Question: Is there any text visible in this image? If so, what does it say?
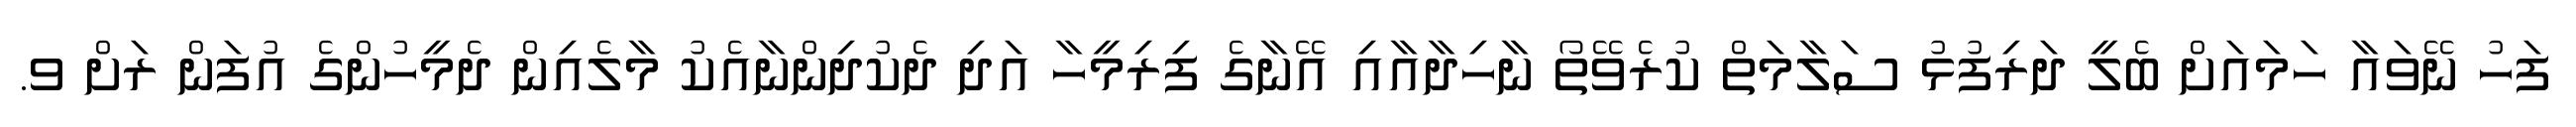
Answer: ފަހު ނޭވައާ ހަމައަށް ބެލީ ދަރިފުޅު ސަލާމަތް ކުރެވޭތޯ ނާހިދާއާއި އޭނާގެ ފިރިމީހާ އަދި ދެކުދިންނާއެކު މާލެއިން ދެމީހުންގެ އުފަން ރަށް ވ.